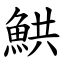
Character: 䱋